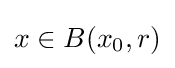
x\in B(x_{0},r)